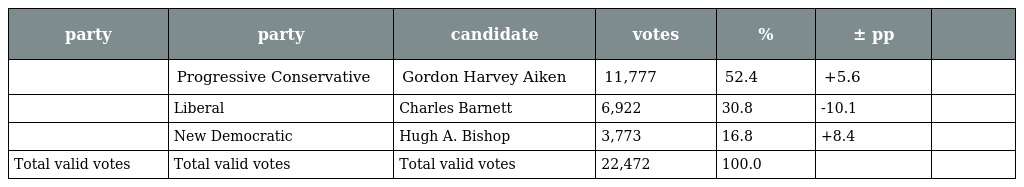
| party | party | candidate | votes | % | ± pp |  |
 | --- | --- | --- | --- | --- | --- | --- |
 |  | Progressive Conservative | Gordon Harvey Aiken | 11,777 | 52.4 | +5.6 |  |
 |  | Liberal | Charles Barnett | 6,922 | 30.8 | -10.1 |  |
 |  | New Democratic | Hugh A. Bishop | 3,773 | 16.8 | +8.4 |  |
 | Total valid votes | Total valid votes | Total valid votes | 22,472 | 100.0 |  |  |